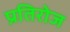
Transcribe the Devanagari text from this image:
प्रतिरोज